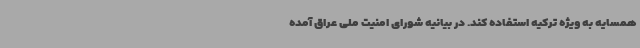
همسایه به ویژه ترکیه استفاده کند. در بیانیه شورای امنیت ملی عراق آمده